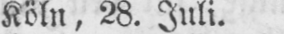
Köln, 28. Juli.